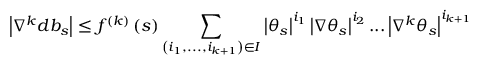
\left\vert \nabla ^ { k } d b _ { s } \right\vert \leq f ^ { \left( k \right) } \left( s \right) \sum _ { \left( i _ { 1 } , . . . , i _ { k + 1 } \right) \in I } \left\vert \theta _ { s } \right\vert ^ { i _ { 1 } } \left\vert \nabla \theta _ { s } \right\vert ^ { i _ { 2 } } . . . \left\vert \nabla ^ { k } \theta _ { s } \right\vert ^ { i _ { k + 1 } }